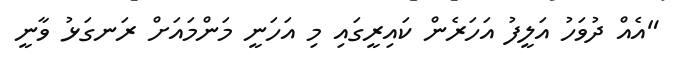
"އެއް ދުވަހު އަލީފު އަހަރެން ކައިރީގައި މި އަހަނީ މަންމައަށް ރަނގަޅު ވާނީ